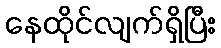
နေထိုင်လျက်ရှိပြီး